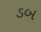
ડબ